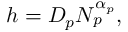
h = D _ { p } N _ { p } ^ { \alpha _ { p } } ,